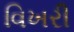
વિખરી